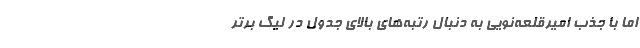
اما با جذب امیرقلعه‌نویی به دنبال رتبه‌های بالای جدول در لیگ برتر